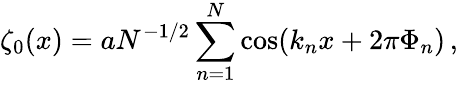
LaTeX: \zeta_{0}(x)=aN^{-1/2}\sum_{n=1}^{N}\cos(k_{n}x+2\pi\Phi_{n})\, ,